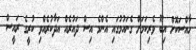
ހާއްސަކޮށް އިބޫ ވެރިކަމަށް ގެނައުމުގައި އެންމެ އިސް ދައުރެއް އަދާކުރެއްވި ކުރީގެ ރައީސް